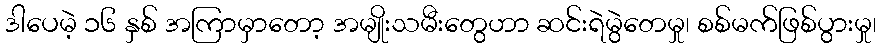
ဒါပေမဲ့ ၁၆ နှစ် အကြာမှာတော့ အမျိုးသမီးတွေဟာ ဆင်းရဲမွဲတေမှု၊ စစ်မက်ဖြစ်ပွားမှု၊